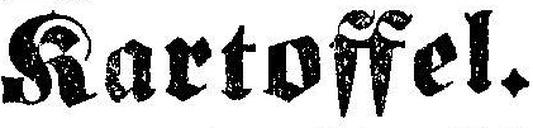
Kartoffel.